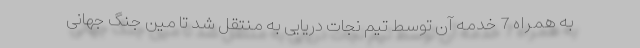
به همراه 7 خدمه آن توسط تیم نجات دریایی به منتقل شد تا مین جنگ جهانی